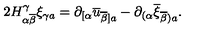
2 H _ { \alpha \overline { { \beta } } } ^ { \gamma } \xi _ { \gamma a } = \partial _ { [ \alpha } \overline { { u } } _ { \overline { { \beta } } ] a } - \partial _ { ( \alpha } \overline { { \xi } } _ { \overline { { \beta } } ) a } .